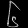
Digit: ၆